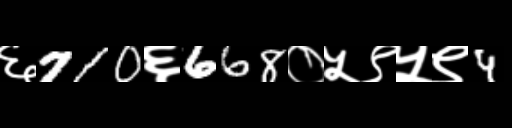
Text: ६710६668०५९५९4